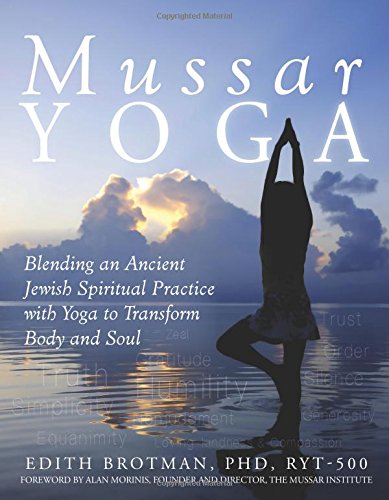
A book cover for Mussar Yoga: Blending an Ancient Jewish Spiritual Practice with Yoga to Transform Body and Soul; Edith R. Brotman PhD  RYT-500; Religion & Spirituality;